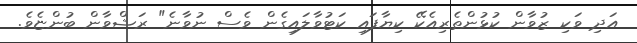
އަދި ވަކި ޒުވާން ކުޅުންތެރިއެކޭ ކިޔާފައި ކަޓުވާލައިގެން ވެސް ނުވާނެ" ރަޝްވާން ބުންޏެވެ.